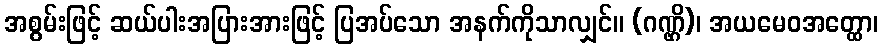
အစွမ်းဖြင့် ဆယ်ပါးအပြားအားဖြင့် ပြအပ်သော အနက်ကိုသာလျှင်။ (ဂဏ္ဌိ)၊ အယမေဝအတ္ထော၊